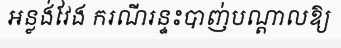
អន្លង់វែង ករណីរន្ទះបាញ់បណ្តាលឱ្យ